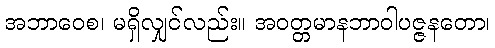
အဘာဝေစ၊ မရှိလျှင်လည်း။ အဝတ္တမာနဘာဝါပဇ္ဇနတော၊